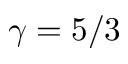
\gamma = 5 / 3